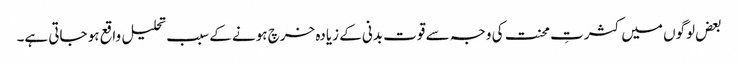
بعض لوگوں میں کثرتِ محنت کی وجہ سے قوت بدنی کے زیادہ خرچ ہونے کے سبب تحلیل واقع ہو جاتی ہے۔